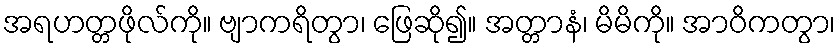
အရဟတ္တဖိုလ်ကို။ ဗျာကရိတွာ၊ ဖြေဆို၍။ အတ္တာနံ၊ မိမိကို။ အာဝိကတွာ၊